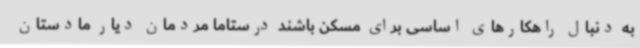
به دنبال راهکارهای اساسی برای مسکن باشند درستاما مردمان دیار مادستان